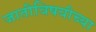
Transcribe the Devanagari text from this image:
जातीविषयीच्या